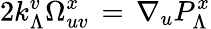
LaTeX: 2k_{\Lambda}^{v}\Omega_{uv}^{x}\, =\, \nabla_{u}P_{\Lambda}^{x}